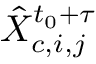
\hat { X } _ { c , i , j } ^ { t _ { 0 } + \tau }